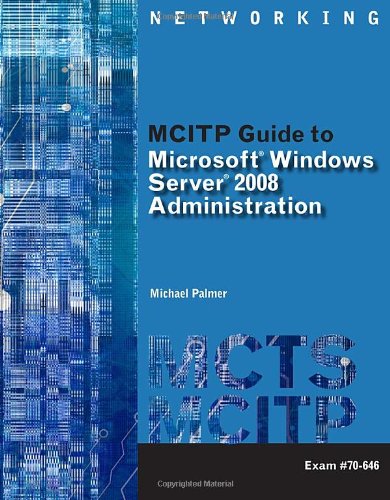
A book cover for MCITP Guide to Microsoft Windows Server 2008, Server Administration, Exam #70-646 (Test Preparation); Michael Palmer; Computers & Technology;